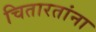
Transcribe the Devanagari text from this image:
चितारतांना